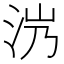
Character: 𣲸